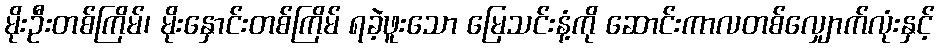
မိုးဦးတစ်ကြိမ်၊ မိုးနှောင်းတစ်ကြိမ် ရခဲ့ဖူးသော မြေသင်းနံ့ကို ဆောင်းကာလတစ်လျှောက်လုံးနှင့်